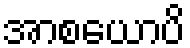
အာစယောပိ